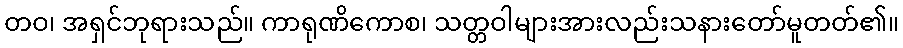
တဝ၊ အရှင်ဘုရားသည်။ ကာရုဏိကောစ၊ သတ္တဝါများအားလည်းသနားတော်မူတတ်၏။